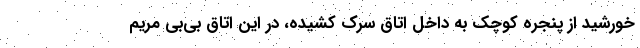
خورشید از پنجره کوچک به داخل اتاق سرک کشیده، در این اتاق بی‌بی مریم